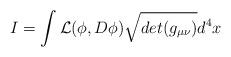
LaTeX: \begin{align*}I=\int {\cal L}(\phi, D\phi)\sqrt{det(g_{\mu\nu})}d^{4}x \end{align*}